Lunatic asylums Madras 1892-1911 - 1892-1911
Year: 1892
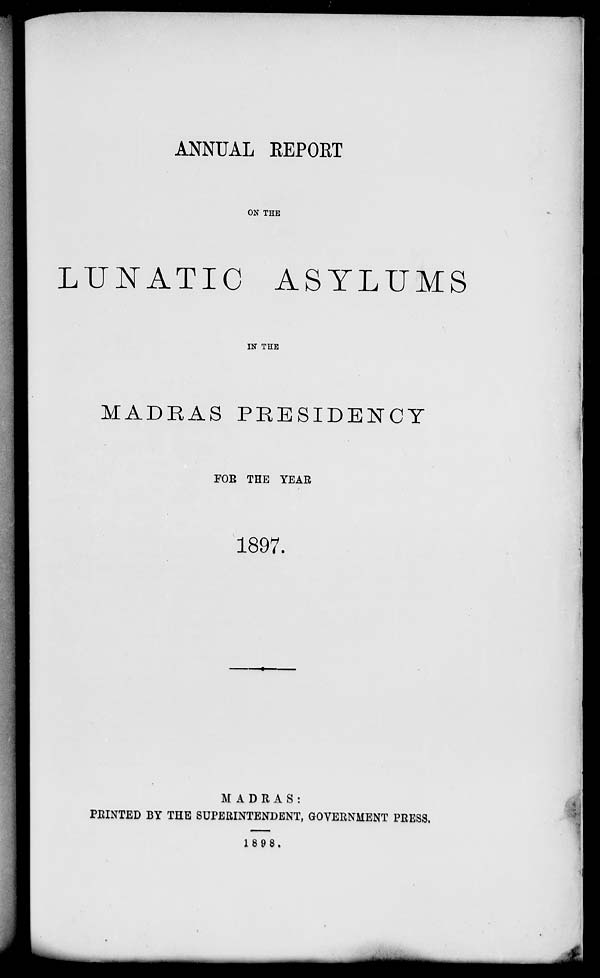
ANNUAL REPORT
ON THE
LUNATIC ASYLUMS
IN THE
MADRAS PRESIDENCY
FOR THE YEAR
1897.
MADRAS:
PRINTED BY THE SUPERINTENDENT, GOVERNMENT PRESS.
1898.